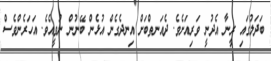
ބަދަލުގައި ރީނާ އެދުނީ ވަރިއަށެވެ. ދެއަނތްބަށް އިނދެގެން އުޅެން ބޭނުން ނުވީއެވެ. އަހަރެންވެސް